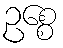
ဥစ္စေ